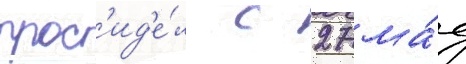
прос'ид'е́л с 27 ма́я